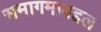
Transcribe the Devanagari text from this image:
समागमाबद्दल